Report of the Municipal Commissioner on the plague in Bombay for the year ending 31st May... - Volume 2
Disease focus: Plague
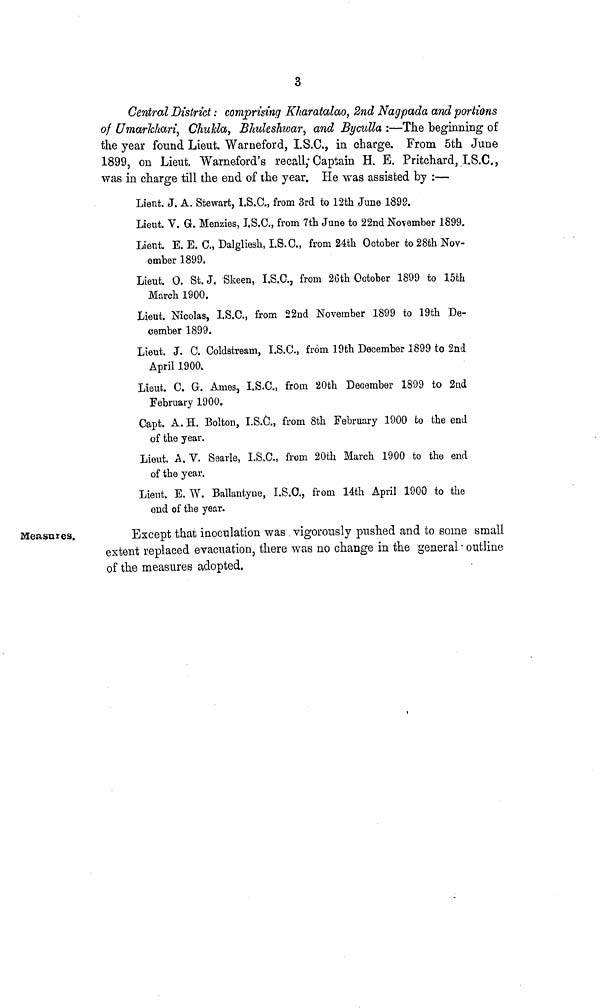
3
Central District: comprising Kharatalao, 2nd Nagpada and portions
of UmarJthari, Chukla, Bhuleshwar, and Byculla :—The beginning of
the year found Lieut. \Varneford, I.S.C., in charge. From 5th June
1899, on Lieut. Warneford's recall; Captain H. E. Pritchard, I.S.C.,
was in charge till the end of the year. He was assisted by :—
Lieut. J. A. Stewart, I.S.C., from 3rd to 12th June 1899.
Lieut. V. G. Menzies, I,S.O., from 7th June to 22nd November 1899.
Lieut. E. E. C., Dalgliesh, 1.8.0., from 24th October to 28th Nov-
ember 1899.
Lieut. 0. St. J. Skeen, I.S.C., from 26th October 1899 to 15th
March 1900.
Lieut. Nicolas, I.S.C., from 22nd November 1899 to 19th De-
cember 1899.
Lieut. J. C. Coldstream, I.S.C., from 19th December 1899 to 2nd
April 1900.
Lieut. C. G. Ames, I.S.O., from 20th December 1899 to 2nd
February 1900.
Capt. A. H. Bolton, I.S.O., from 8th February 1900 to the end
of the year.
Lieut. A. V. Searle, I.S.C., from 20th March 1900 to the end
of the year.
Lieut. E. W. Ballantyne, I.S.O., from 14th April 1900 to the
end of the year.
Measures.
Except that inoculation was vigorously pushed and to some small
extent replaced evacuation, there was no change in the general outline
of the measures adopted.